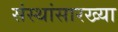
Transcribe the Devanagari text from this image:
संस्थांसारख्या